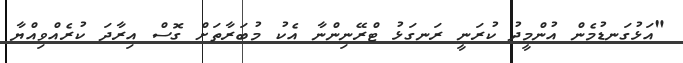
"އަޅުގަނޑުމެން އުންމީދު ކުރަނީ ރަނގަޅު ޓްރޭނިންނާ އެކު މުބަރާތަށް ގޮސް އިރާދަ ކުރެއްވިއްޔާ